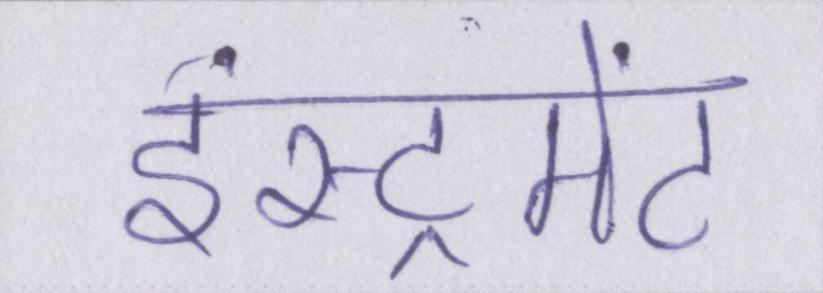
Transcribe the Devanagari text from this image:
इंस्ट्रूमेंट